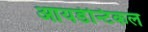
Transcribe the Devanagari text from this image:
आयडेन्टिकल